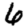
Digit: 6